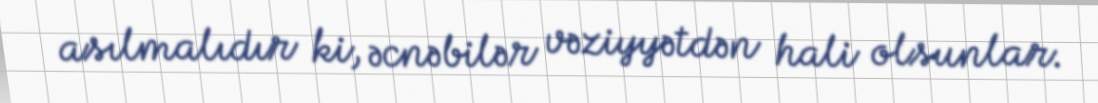
asılmalıdır ki, əcnəbilər vəziyyətdən hali olsunlar.